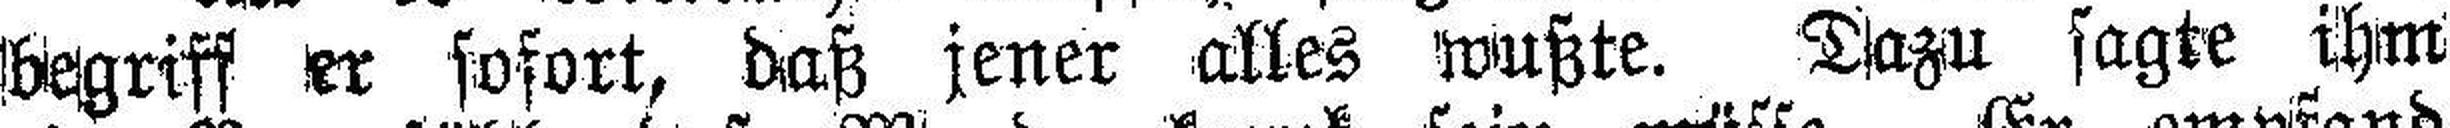
begriff er sofort, daß jener alles wußte. Dazu sagte ihm